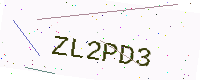
Text: ZL2PD3